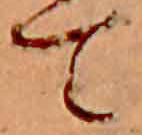
て